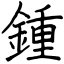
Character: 鍾